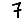
Digit: 7